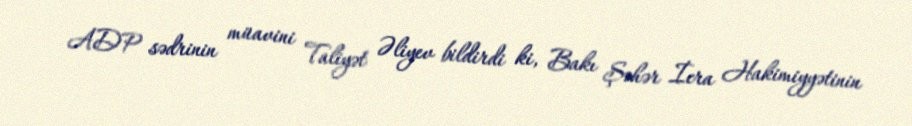
ADP sədrinin müavini Taliyət Əliyev bildirdi ki, Bakı Şəhər İcra Hakimiyyətinin